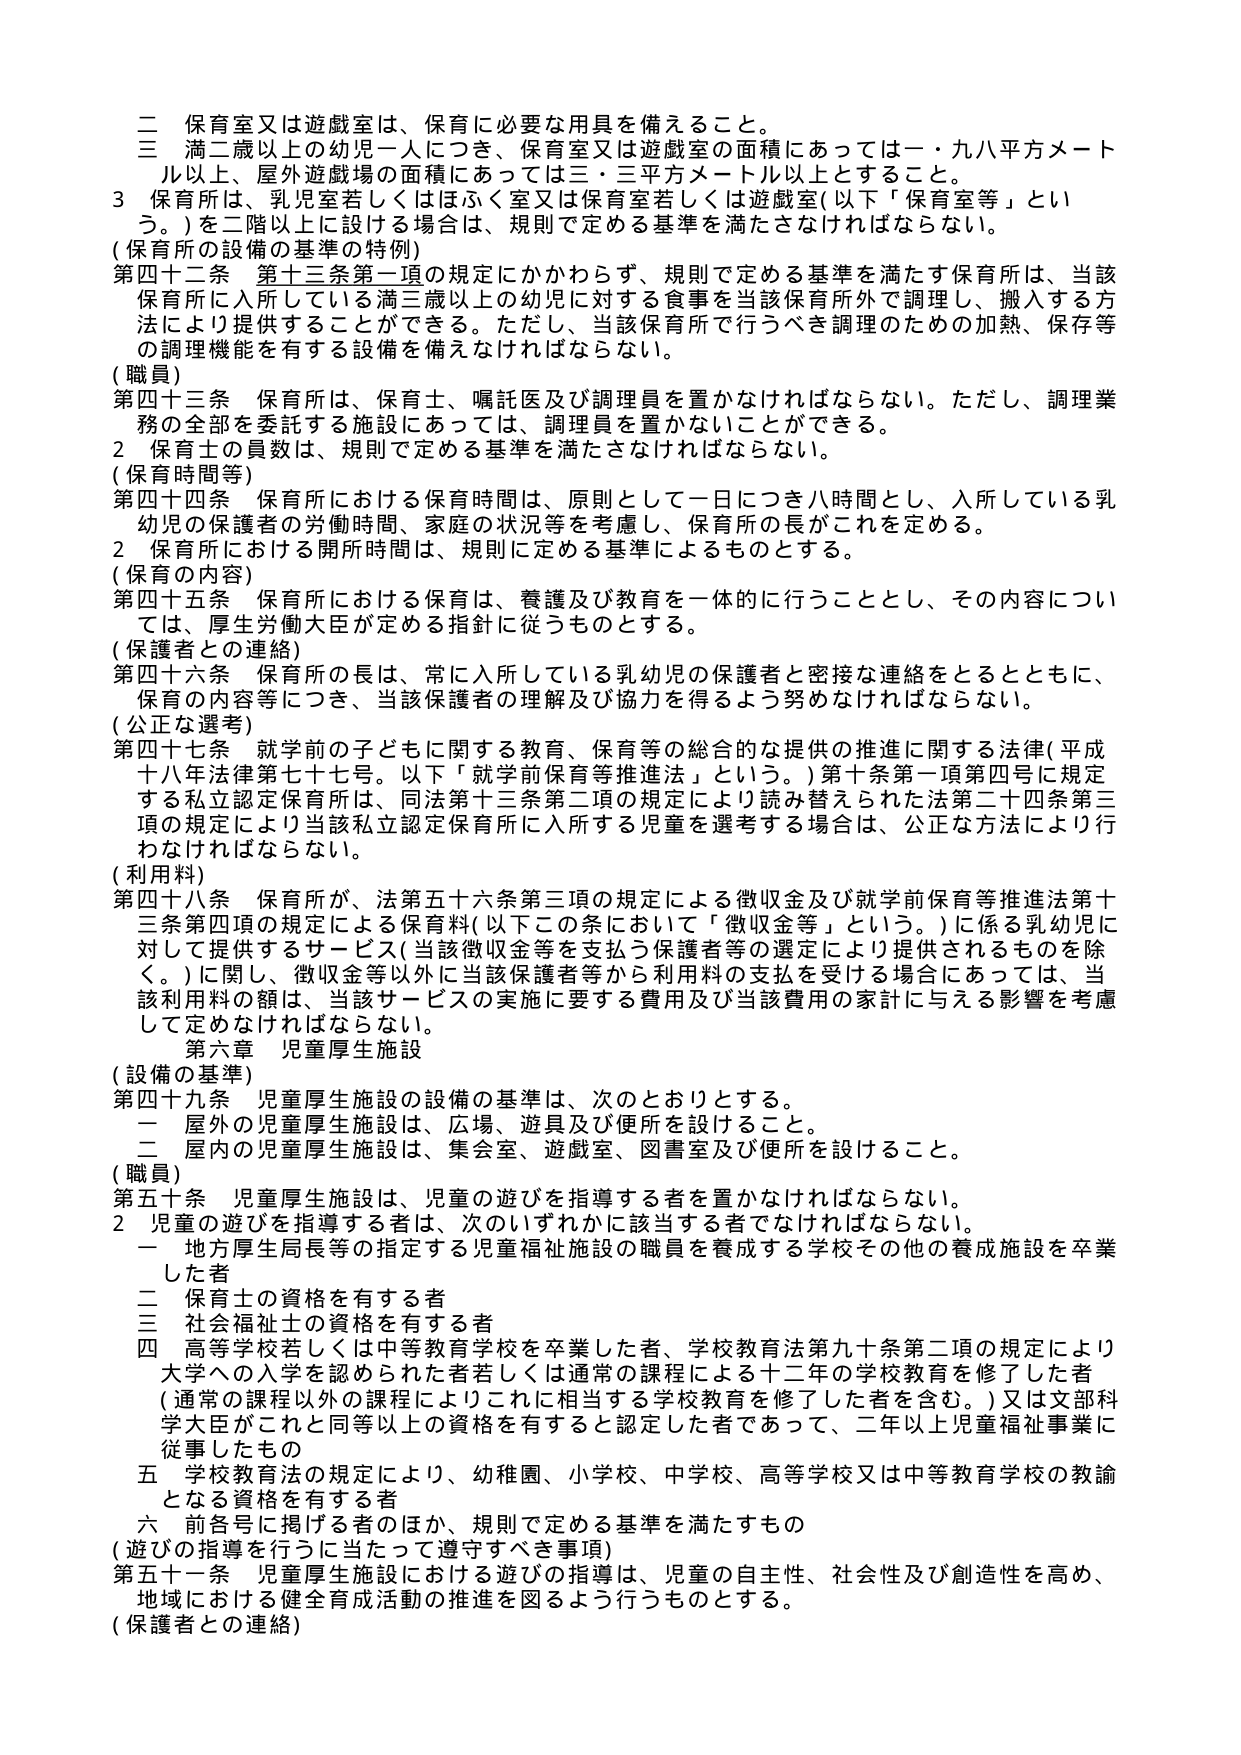
二 保育室又は遊戯室は、保育に必要な用具を備えること。
三 満二歳以上の幼児一人につき、保育室又は遊戯室の面積にあっては一・九八平方メートル以上、屋外遊戯場の面積にあっては三・三平方メートル以上とすること。
３ 保育所は、乳児室若しくはほふく室又は保育室若しくは遊戯室（以下「保育室等」という。）を二階以上に設ける場合は、規則で定める基準を満たさなければならない。
（保育所の設備の基準の特例）
第四十二条 第十三条第一項の規定にかかわらず、規則で定める基準を満たす保育所は、当該保育所に入所している満三歳以上の幼児に対する食事を当該保育所外で調理し、搬入する方法により提供することができる。ただし、当該保育所で行うべき調理のための加熱、保存等の調理機能を有する設備を備えなければならない。
（職員）
第四十三条 保育所は、保育士、嘱託医及び調理員を置かなければならない。ただし、調理業務の全部を委託する施設にあっては、調理員を置かないことができる。
２ 保育士の員数は、規則で定める基準を満たさなければならない。
（保育時間等）
第四十四条 保育所における保育時間は、原則として一日につき八時間とし、入所している乳幼児の保護者の労働時間、家庭の状況等を考慮し、保育所の長がこれを定める。
２ 保育所における開所時間は、規則に定める基準によるものとする。
（保育の内容）
第四十五条 保育所における保育は、養護及び教育を一体的に行うこととし、その内容については、厚生労働大臣が定める指針に従うものとする。
（保護者との連絡）
第四十六条 保育所の長は、常に入所している乳幼児の保護者と密接な連絡をとるとともに、保育の内容等につき、当該保護者の理解及び協力を得るよう努めなければならない。
（公正な選考）
第四十七条 就学前の子どもに関する教育、保育等の総合的な提供の推進に関する法律（平成十八年法律第七十七号。以下「就学前保育等推進法」という。）第十条第一項第四号に規定する私立認定保育所は、同法第十三条第二項の規定により読み替えられた法第二十四条第三項の規定により当該私立認定保育所に入所する児童を選考する場合は、公正な方法により行わなければならない。
（利用料）
第四十八条 保育所が、法第五十六条第三項の規定による徴収金及び就学前保育等推進法第十三条第四項の規定による保育料（以下この条において「徴収金等」という。）に係る乳幼児に対して提供するサービス（当該徴収金等を支払う保護者等の選定により提供されるものを除く。）に関し、徴収金等以外に当該保護者等から利用料の支払を受ける場合にあっては、当該利用料の額は、当該サービスの実施に要する費用及び当該費用の家計に与える影響を考慮して定めなければならない。
第六章 児童厚生施設
（設備の基準）
第四十九条 児童厚生施設の設備の基準は、次のとおりとする。
一 屋外の児童厚生施設は、広場、遊具及び便所を設けること。
二 屋内の児童厚生施設は、集会室、遊戯室、図書室及び便所を設けること。
（職員）
第五十条 児童厚生施設は、児童の遊びを指導する者を置かなければならない。
２ 児童の遊びを指導する者は、次のいずれかに該当する者でなければならない。
一 地方厚生局長等の指定する児童福祉施設の職員を養成する学校その他の養成施設を卒業した者
二 保育士の資格を有する者
三 社会福祉士の資格を有する者
四 高等学校若しくは中等教育学校を卒業した者、学校教育法第九十条第二項の規定により大学への入学を認められた者若しくは通常の課程による十二年の学校教育を修了した者（通常の課程以外の課程によりこれに相当する学校教育を修了した者を含む。）又は文部科学大臣がこれと同等以上の資格を有すると認定した者であって、二年以上児童福祉事業に従事したもの
五 学校教育法の規定により、幼稚園、小学校、中学校、高等学校又は中等教育学校の教諭となる資格を有する者
六 前各号に掲げる者のほか、規則で定める基準を満たすもの
（遊びの指導を行うに当たって遵守すべき事項）
第五十一条 児童厚生施設における遊びの指導は、児童の自主性、社会性及び創造性を高め、地域における健全育成活動の推進を図るよう行うものとする。
（保護者との連絡）